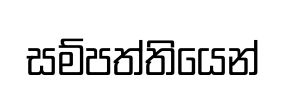
සම්පත්තියෙන්